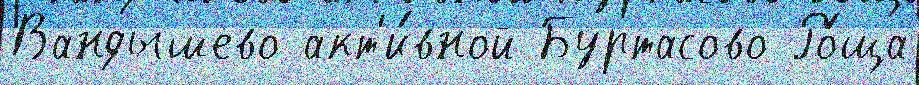
Вандышево акт'и́вной Буртасово Ро́ща